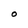
Character: O